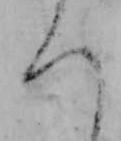
ろ